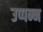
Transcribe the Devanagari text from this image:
उप्पन्न